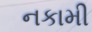
નકામી